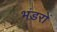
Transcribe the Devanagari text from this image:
भंडरों